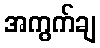
အကွက်ချ